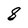
Character: 8